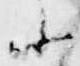
小